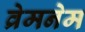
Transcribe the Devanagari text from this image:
व्रेमनेम